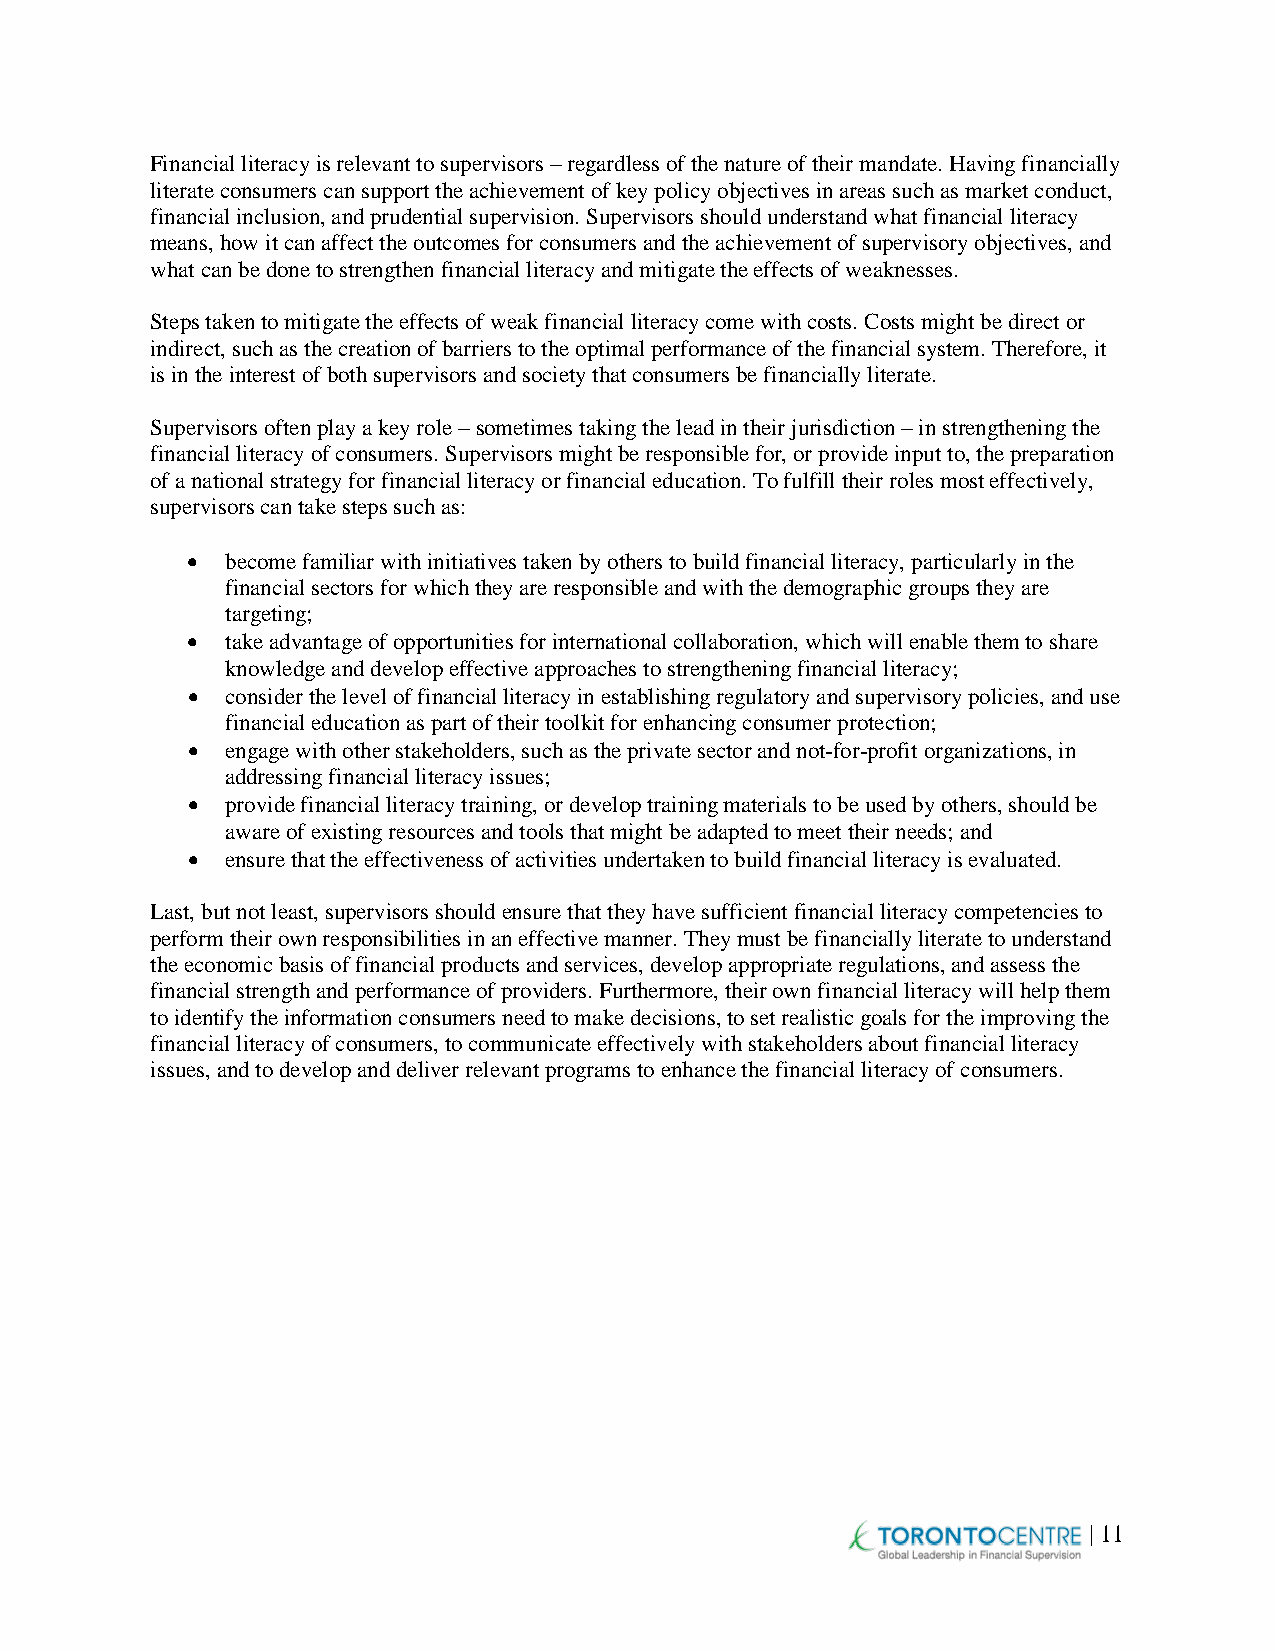
Financial literacy is relevant to supervisors – regardless of the nature of their mandate. Having financially
 literate consumers can support the achievement of key policy objectives in areas such as market conduct,
 financial inclusion, and prudential supervision. Supervisors should understand what financial literacy
 means, how it can affect the outcomes for consumers and the achievement of supervisory objectives, and
 what can be done to strengthen financial literacy and mitigate the effects of weaknesses.
 Steps taken to mitigate the effects of weak financial literacy come with costs. Costs might be direct or
 indirect, such as the creation of barriers to the optimal performance of the financial system. Therefore, it
 is in the interest of both supervisors and society that consumers be financially literate.
 Supervisors often play a key role – sometimes taking the lead in their jurisdiction – in strengthening the
 financial literacy of consumers. Supervisors might be responsible for, or provide input to, the preparation
 of a national strategy for financial literacy or financial education. To fulfill their roles most effectively,
 supervisors can take steps such as:
 •  become familiar with initiatives taken by others to build financial literacy, particularly in the
 financial sectors for which they are responsible and with the demographic groups they are
 targeting;
 •  take advantage of opportunities for international collaboration, which will enable them to share
 knowledge and develop effective approaches to strengthening financial literacy;
 •  consider the level of financial literacy in establishing regulatory and supervisory policies, and use
 financial education as part of their toolkit for enhancing consumer protection;
 •  engage with other stakeholders, such as the private sector and not-for-profit organizations, in
 addressing financial literacy issues;
 •  provide financial literacy training, or develop training materials to be used by others, should be
 aware of existing resources and tools that might be adapted to meet their needs; and
 •  ensure that the effectiveness of activities undertaken to build financial literacy is evaluated.
 Last, but not least, supervisors should ensure that they have sufficient financial literacy competencies to
 perform their own responsibilities in an effective manner. They must be financially literate to understand
 the economic basis of financial products and services, develop appropriate regulations, and assess the
 financial strength and performance of providers. Furthermore, their own financial literacy will help them
 to identify the information consumers need to make decisions, to set realistic goals for the improving the
 financial literacy of consumers, to communicate effectively with stakeholders about financial literacy
 issues, and to develop and deliver relevant programs to enhance the financial literacy of consumers.
 | 11